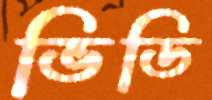
ভিডি